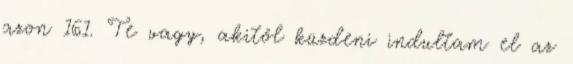
azon 161. Te vagy, akitől küzdeni indultam el az